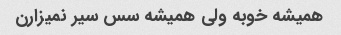
همیشه خوبه ولی همیشه سس سیر نمیزارن